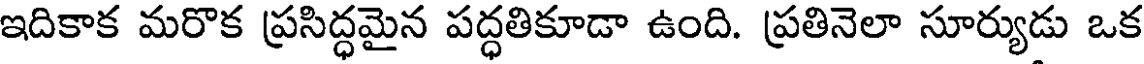
ఇదికాక మరొక ప్రసిద్ధమైన పద్ధతికూడా ఉంది. ప్రతినెలా సూర్యుడు ఒక